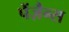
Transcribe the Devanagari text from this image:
पेंज़ैन्स